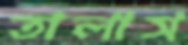
তালাস